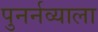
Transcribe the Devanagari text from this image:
पुनर्नव्याला